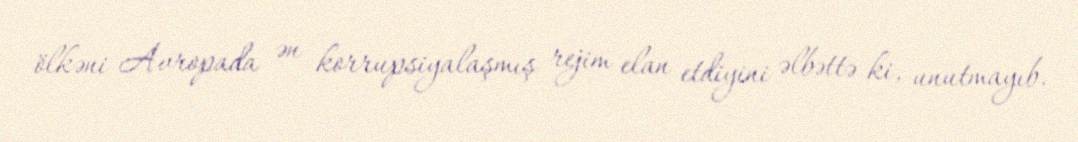
ölkəni Avropada ən korrupsiyalaşmış rejim elan etdiyini əlbəttə ki, unutmayıb.